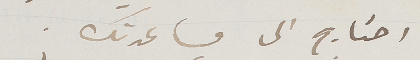
احتاج الى مساعدتك.